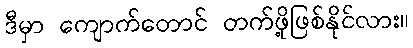
ဒီမှာ ကျောက်တောင် တက်ဖို့ဖြစ်နိုင်လား။